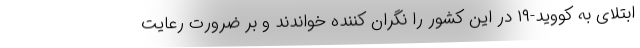
ابتلای به کووید-۱۹ در این کشور را نگران کننده خواندند و بر ضرورت رعایت